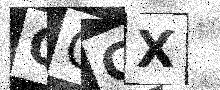
Text: QOCX